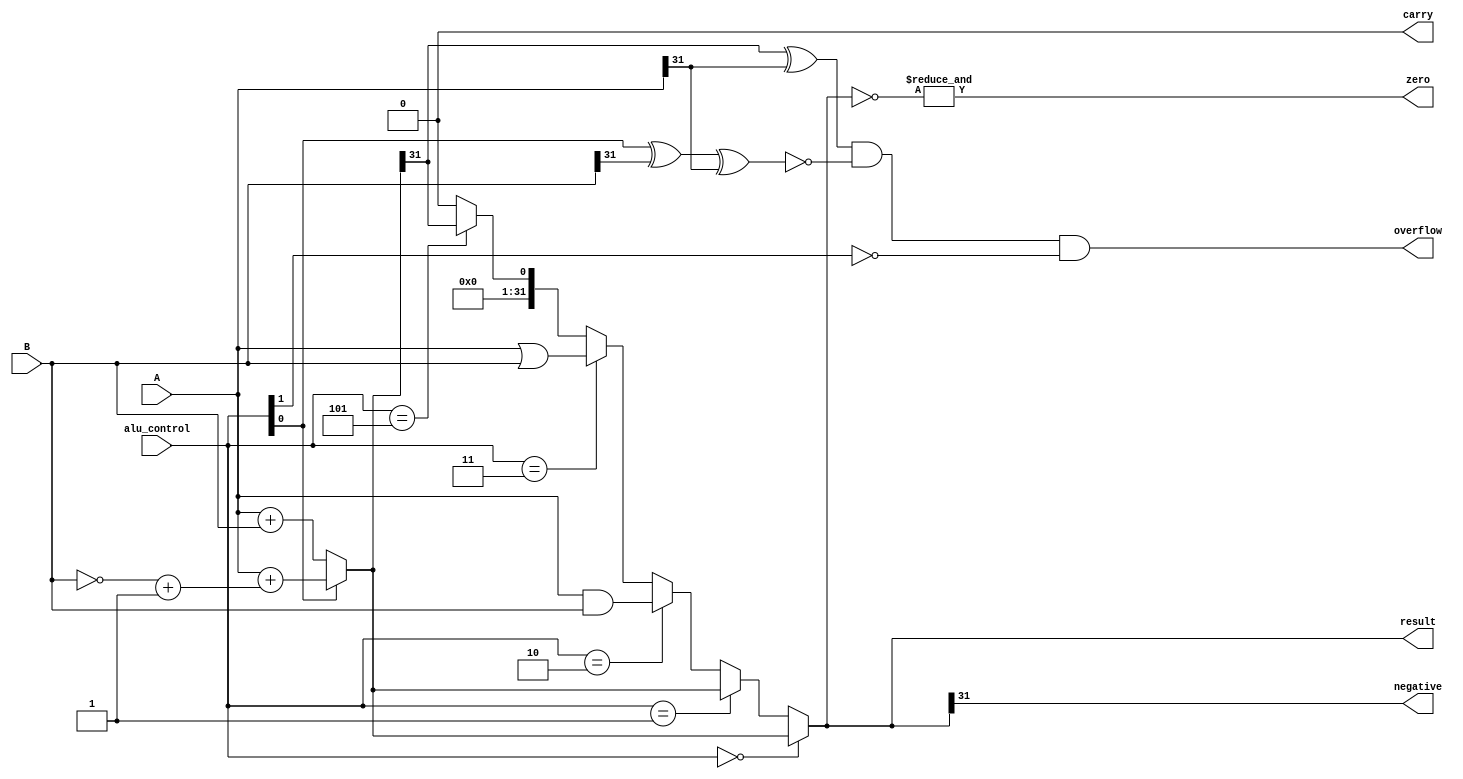
module ALU(input [31:0] A,B,input [2:0] alu_control,output overflow,carry,zero,negative, output [31:0]result);
    wire cout;
    wire [31:0]sum;
    assign sum=(alu_control[0]==1'b0)?A+B:(A+((~B)+1)) ;
    assign {cout,result} = (alu_control==3'b000)?sum :
                           (alu_control==3'b001)?sum :
                           (alu_control==3'b010)?A&B :
                           (alu_control==3'b011)?A|B :
                           (alu_control==3'b101)?{{32{1'b0}},(sum[31])} :
                           {33{1'b0}};
    assign overflow = ((sum[31]^A[31]) & 
                      (~(alu_control[0]^B[31]^A[31])) &
                      (~alu_control[1]));
    assign carry=((~alu_control[1]) & cout);
    assign zero=&(~result);
    assign negative=result[31];

endmodule